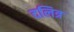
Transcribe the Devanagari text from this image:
दलित्र